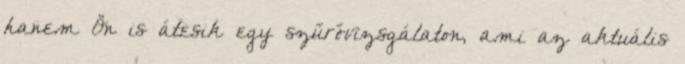
hanem Ön is átesik egy szűrővizsgálaton, ami az aktuális